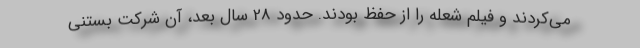
می‌کردند و فیلم شعله را از حفظ بودند. حدود 28 سال بعد، آن شرکت بستنی